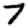
Digit: 7